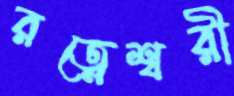
রত্নেশ্বরী